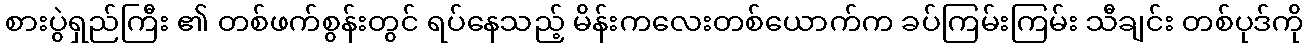
စားပွဲရှည်ကြီး ၏ တစ်ဖက်စွန်းတွင် ရပ်နေသည့် မိန်းကလေးတစ်ယောက်က ခပ်ကြမ်းကြမ်း သီချင်း တစ်ပုဒ်ကို